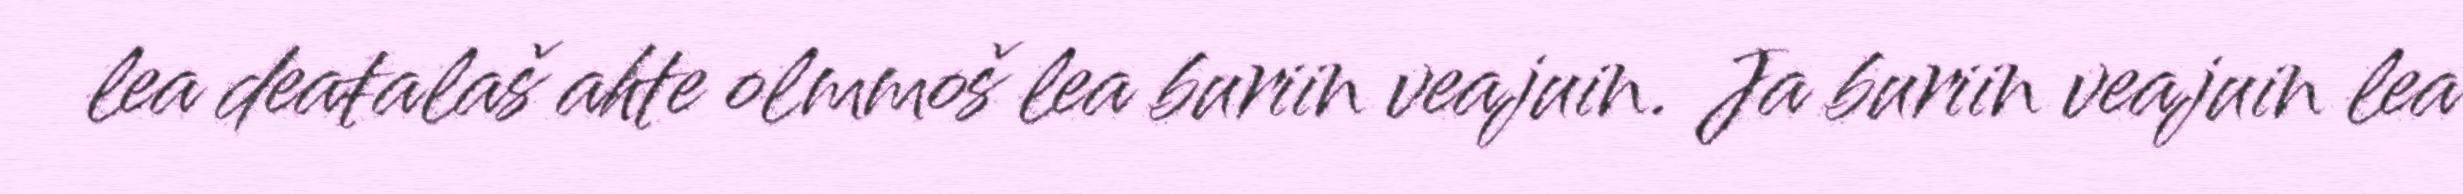
lea deaŧalaš ahte olmmoš lea buriin veajuin. Ja buriin veajuin lea